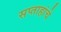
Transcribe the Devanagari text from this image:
सप्ताहांचे